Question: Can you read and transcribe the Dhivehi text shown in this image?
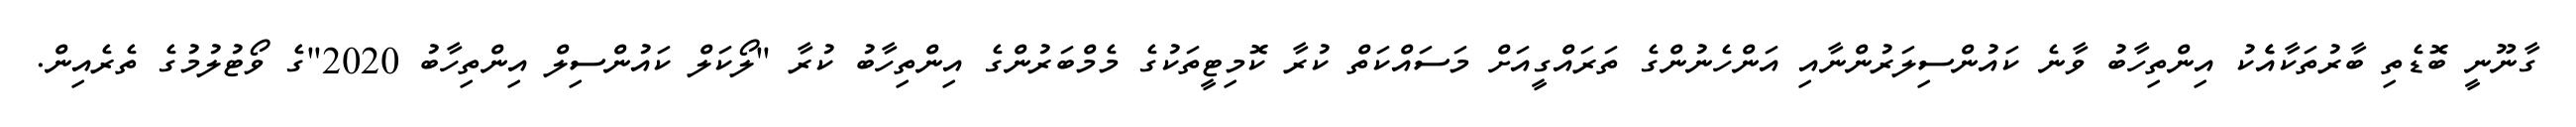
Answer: ގާނޫނީ ބޮޑެތި ބާރުތަކާއެެކު އިންތިހާބު ވާނެ ކައުންސިލަރުންނާއި އަންހެނުންގެ ތަރައްގީއަށް މަސައްކަތް ކުރާ ކޮމިޓީތަކުގެ މެމްބަރުންގެ އިންތިހާބު ކުރާ "ލޯކަލް ކައުންސިލް އިންތިހާބު 2020"ގެ ވޯޓުލުމުގެ ތެރެއިން.